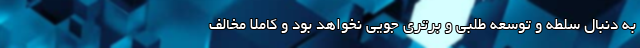
به دنبال سلطه و توسعه طلبی و برتری جویی نخواهد بود و کاملاً مخالف